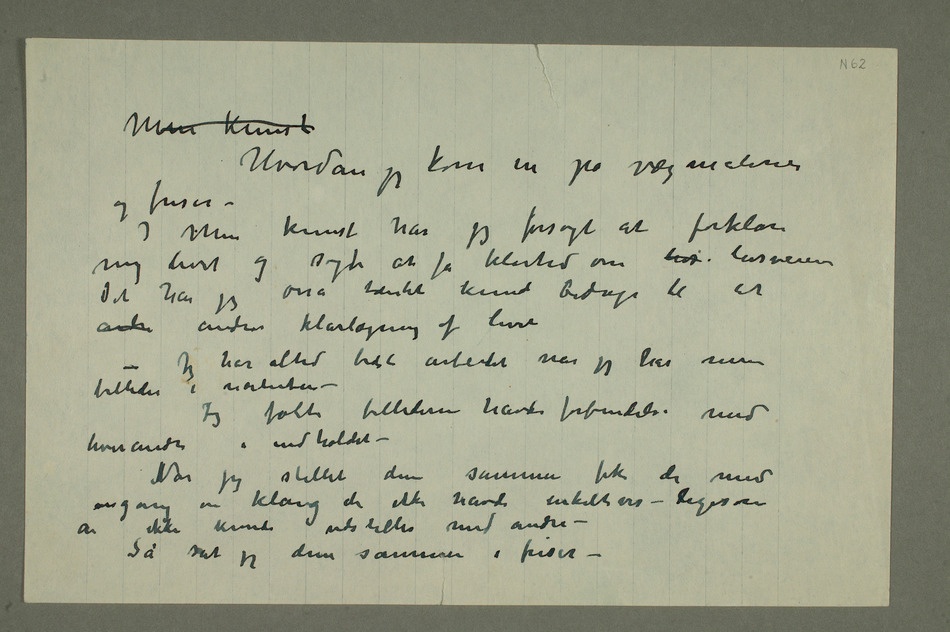
Min kunst
Hvordan jeg kom in på vægmalerier og
– I min kunst har jeg forsøgt at forklare
mig livet og søgte at få klarhed om livs livsveien
Det har jeg osså tænkt kunde bidrage til at
andre andres klarlægning af livet
– Jeg har altid bedst arbeidet når jeg har mine
Jeg følte billederne havde forbindelse med
hverandre i indholdet –
JNår jeg stillet dem sammen fik de med
engang en klang de ikke havde enkeltvis – ligesom
de ikke kunde udstilles med andre –
Så sat jeg dem sammen i friser –